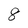
Character: 8